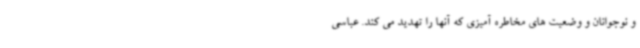
و نوجوانان و وضعیت های مخاطره آمیزی که آنها را تهدید می کند. عباسی